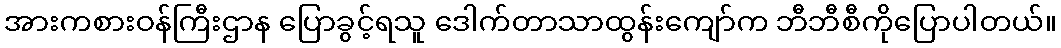
အားကစားဝန်ကြီးဌာန ပြောခွင့်ရသူ ဒေါက်တာသာထွန်းကျော်က ဘီဘီစီကိုပြောပါတယ်။